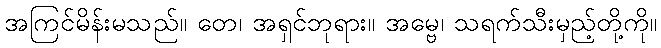
အကြင်မိန်းမသည်။ တေ၊ အရှင်ဘုရား။ အမ္ဗေ၊ သရက်သီးမှည့်တို့ကို။